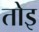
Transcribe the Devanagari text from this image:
तोइ